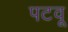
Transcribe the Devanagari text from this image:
पटवू